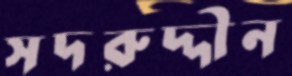
সদরুদ্দীন